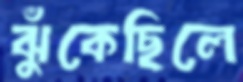
ঝুঁকেছিলে